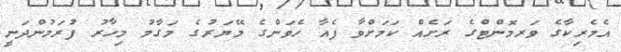
އެމެރިކާގެ ވަރމޮންޓްގެ ރަށެއް ކަމަށްވާ ފެއާ ހެވަންގެ މޭޔަރުގެ މަގާމު މިހާރު ފުރަމުންދަނީ